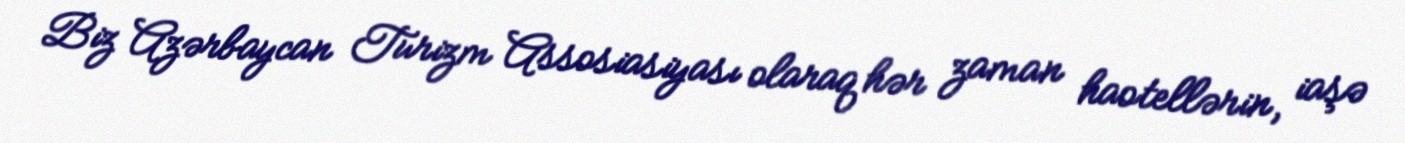
Biz Azərbaycan Turizm Assosiasiyası olaraq hər zaman haotellərin, iaşə